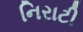
નિરાટી